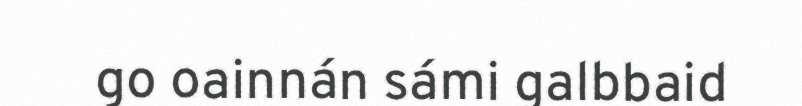
go oainnán sámi galbbaid